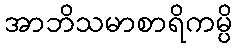
အာဘိသမာစာရိကမ္ပိ